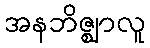
အနဘိဇ္ဈာလူ